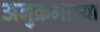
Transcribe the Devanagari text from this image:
अनुक्रमाच्या